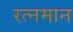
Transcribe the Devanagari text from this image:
रत्नमान